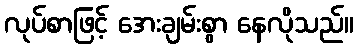
လုပ်စာဖြင့် အေးချမ်းစွာ နေလိုသည်။